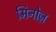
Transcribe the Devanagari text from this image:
मिनोज़